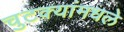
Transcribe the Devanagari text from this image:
चुटक्यांमधले